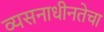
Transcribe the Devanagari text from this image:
व्यसनाधीनतेचा